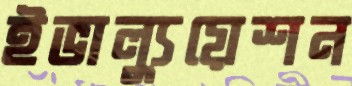
ইভাল্যুয়েশন